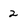
Character: 2